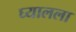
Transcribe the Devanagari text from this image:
घ्यालला